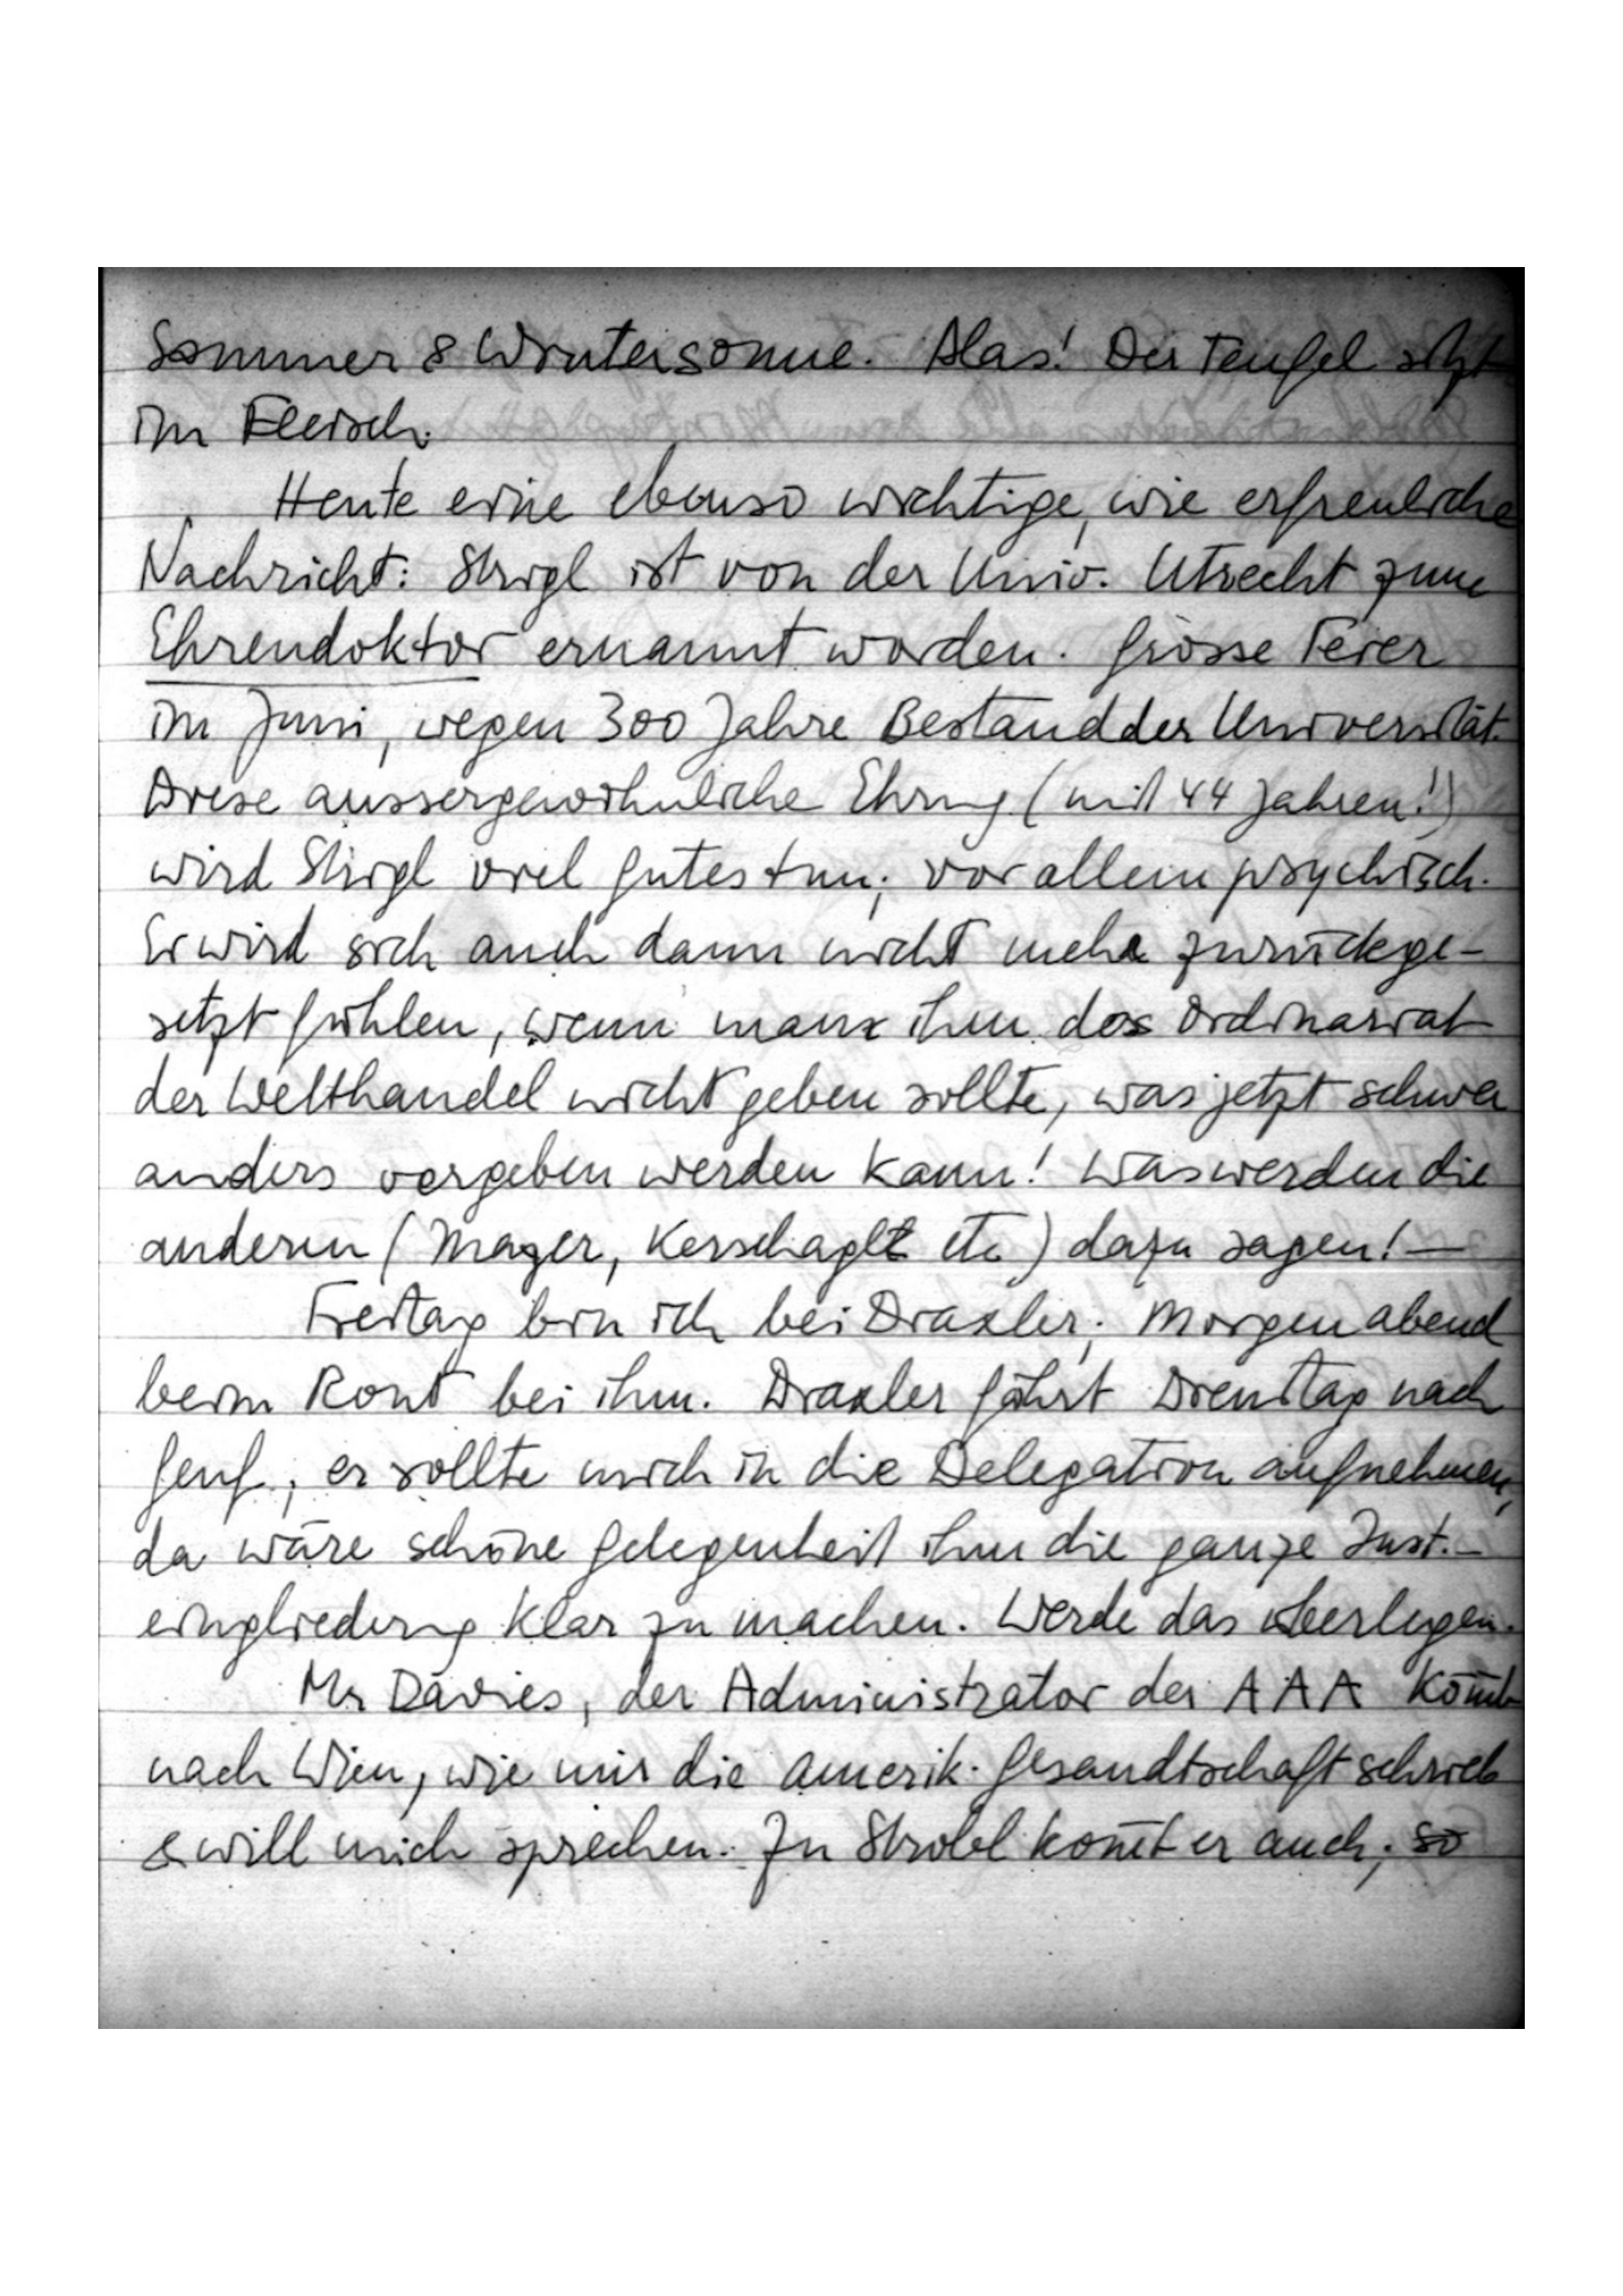
Sommer & Wintersonne. Alas! Der Teufel sitzt
im Fleisch.
Nachricht: Strigl ist von der Univ. Utrecht zum
Ehrendoktor ernannt worden. Grosse Feier
im Juni, wegen 300 Jahre Bestand der Universität.
Diese aussergewöhnliche Ehrung (mit 44 Jahren!)
wird Strigl viel Gutes tun; vor allem psychisch
Er wird sich auch dann nicht mehr zurückge
setzt fühlen, wenn mani ihm das Ordinariat
der Welthandel nicht geben sollte, was jetzt schwer
anders vergeben werden kann! Was werden die
anderen (Menger, Kerschagll etc.) dazu sagen! –
Freitag bin ich bei Draxler; Morgen abend
beim … bei ihm. Draxler fährt Dienstag nach
Genf; er sollte mich in die Delegation aufnehmen,
da wäre schöne Gelegenheit ihm die ganze Inst.-
eingliederung klar zu machen. Werde das überlegen.
Mr. Davies, der Administrator der AAA kommt
nach Wien, wie mir die amerik. Gesandtschaft schrieb
& will mich sprechen. Zu Strobl kommt er auch; so